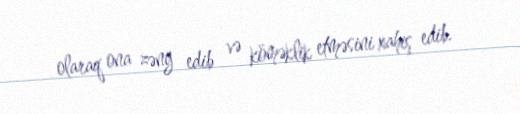
olaraq ona zəng edib və köməklik etməsini xahiş edib.